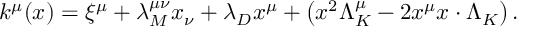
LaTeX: k ^ { \mu } ( x ) = \xi ^ { \mu } + \lambda _ { M } ^ { \mu \nu } x _ { \nu } + \lambda _ { D } x ^ { \mu } + \left( x ^ { 2 } \Lambda _ { K } ^ { \mu } - 2 x ^ { \mu } x \cdot \Lambda _ { K } \right) .